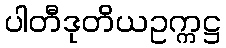
ပါတီဒုတိယဥက္ကဋ္ဌ